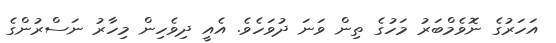
އަހަރުގެ ނޮވެމްބަރު މަހުގެ ތިން ވަނަ ދުވަހެވެ. އެއީ ދިވެހިން މިހާރު ނަސްރުންގެ